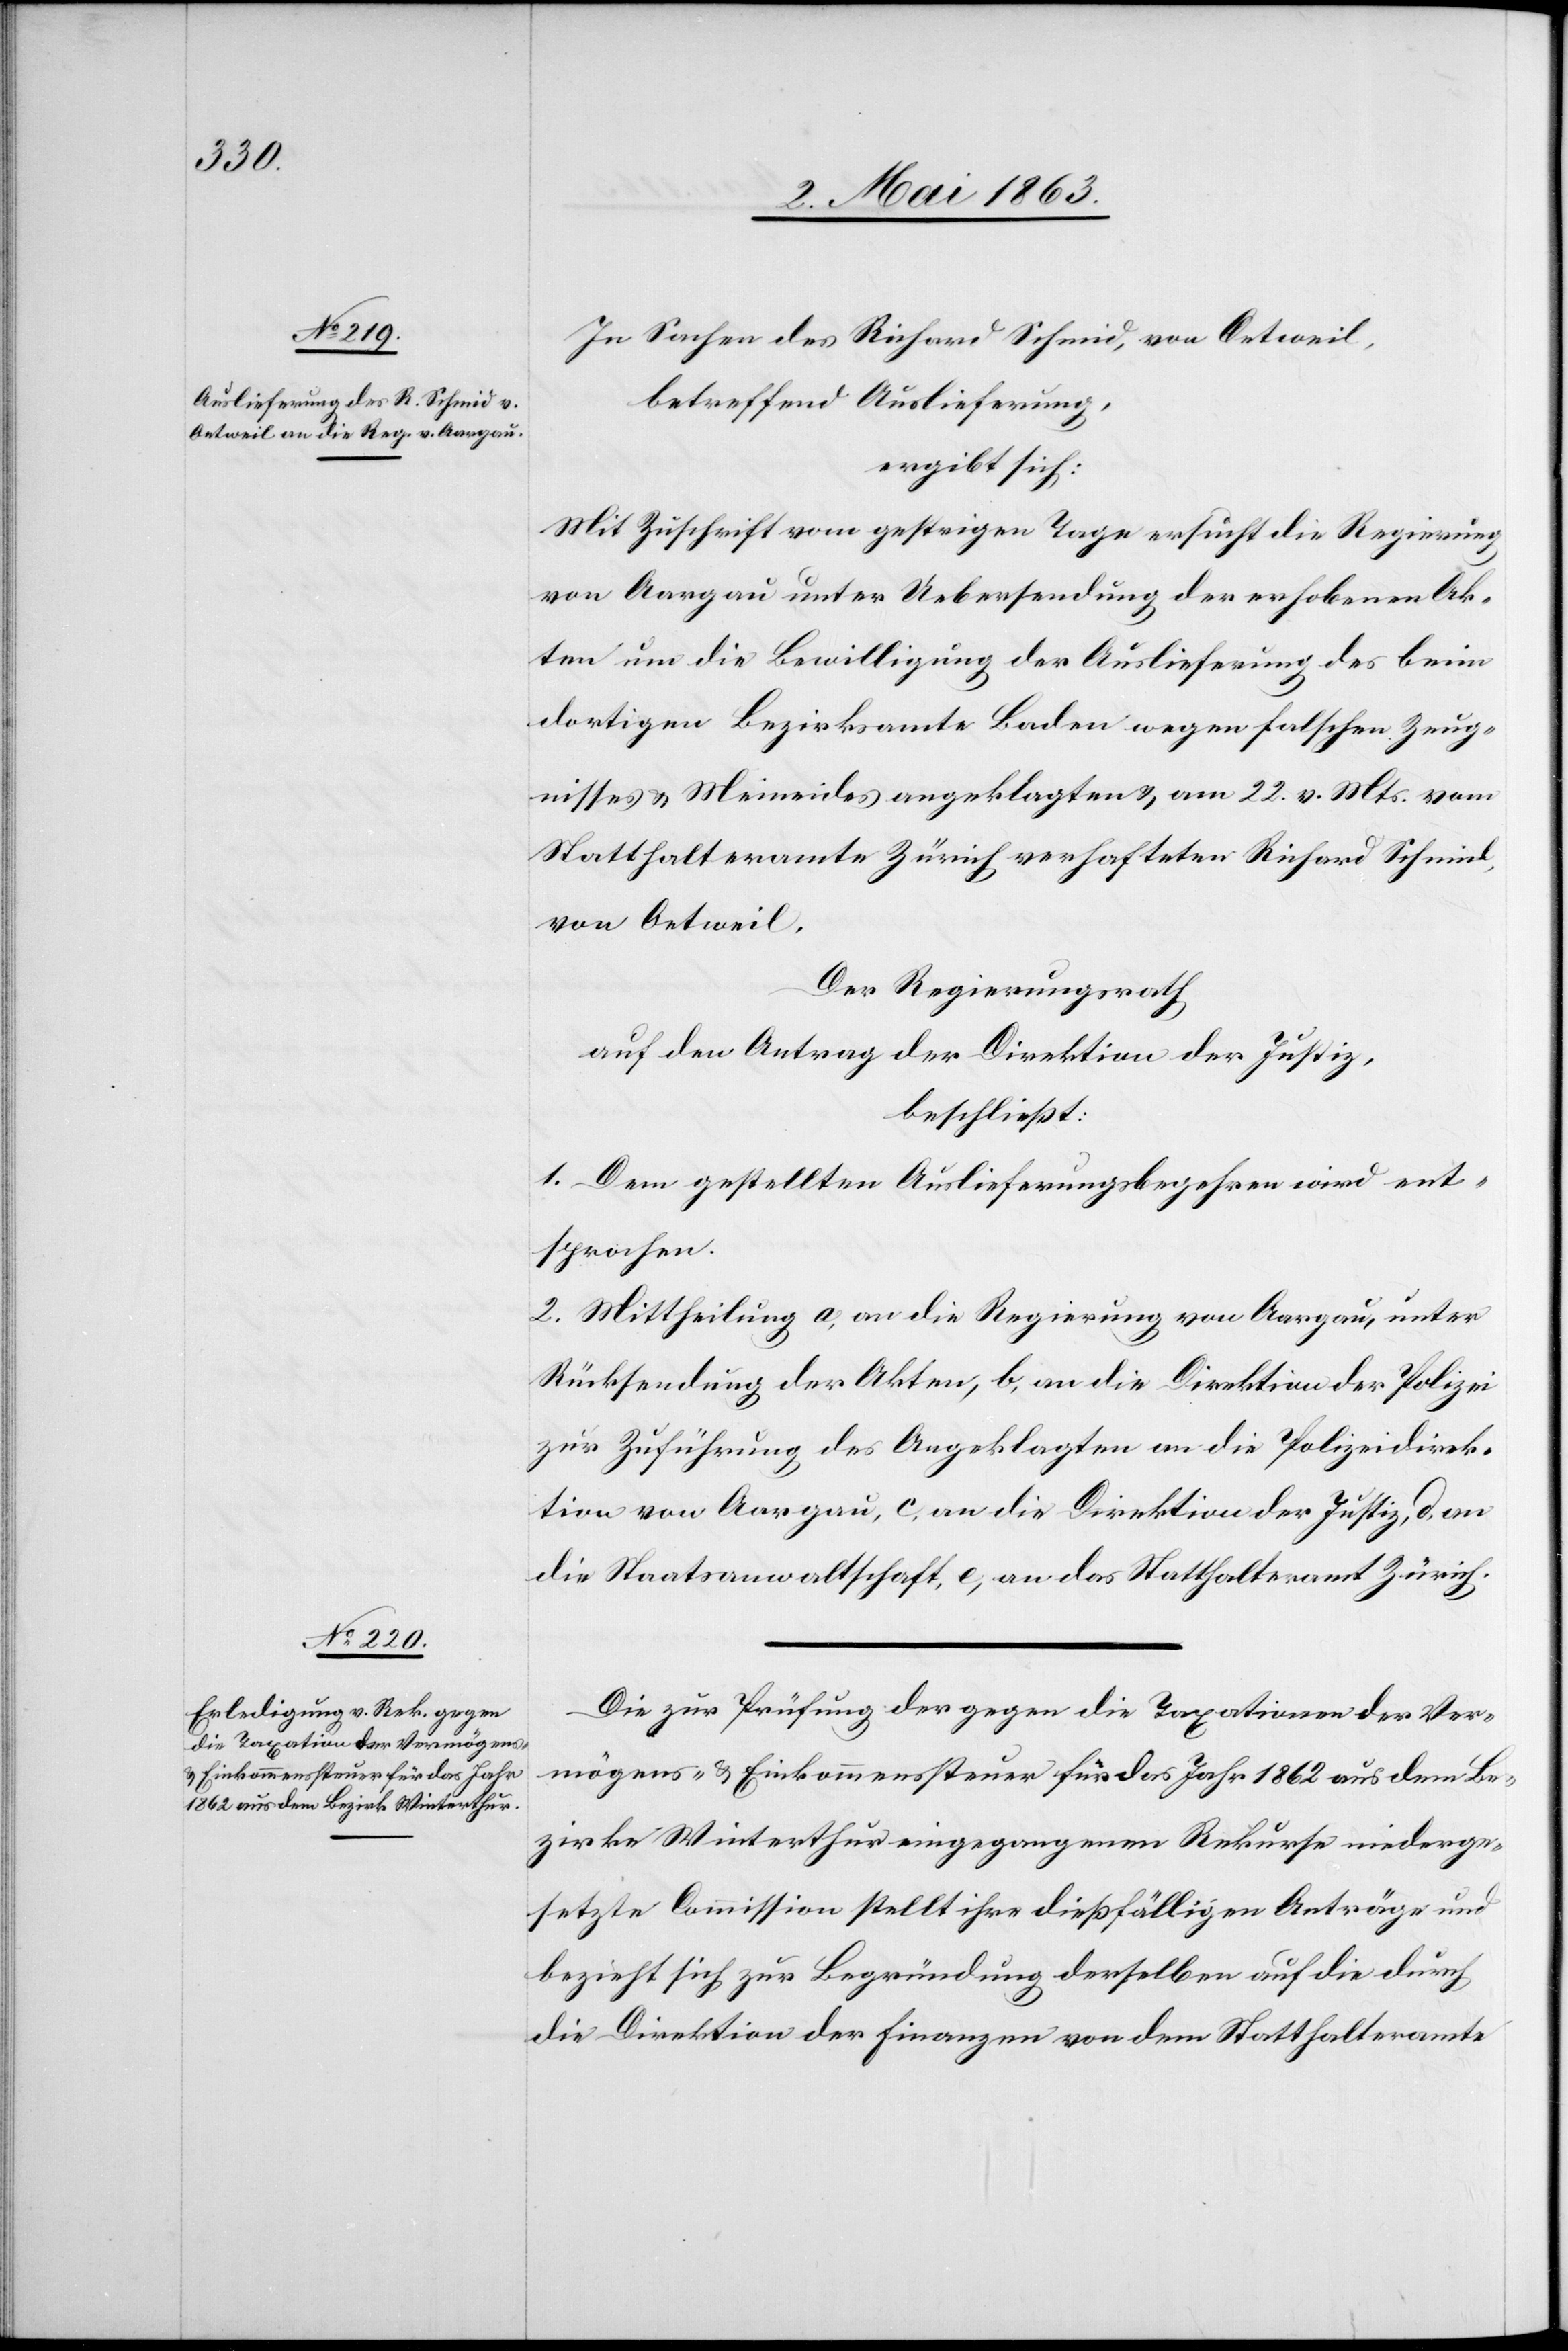
In Sachen des Richard Schmid, von Oetweil,
betreffend Auslieferung,
ergibt sich:
Mit Zuschrift vom gestrigen Tage ersucht die Regierung
von Aargau unter Uebersendung der erhobenen Ak¬
ten um die Bewilligung der Auslieferung des beim
dortigen Bezirksamte Baden wegen falschen Zeug¬
nisses & Meineides angeklagten & am 22. v. Mts. vom
Statthalteramte Zürich verhafteten Richard Schmid,
von Oetweil.
Der Regierungsrath
auf den Antrag der Direktion der Justiz,
beschließt:
1. Dem gestellten Auslieferungsbegehren wird ent¬
sprochen.
2. Mittheilung a) an die Regierung von Aargau, unter
Rücksendung der Akten, b) an die Direktion der Polizei
zur Zuführung des Angeklagten an die Polizeidirek¬
tion von Aargau, c) an die Direktion der Justiz, d) an
die Staatsanwaltschaft, e) an das Statthalteramt Zürich.
Die zur Prüfung der gegen die Taxation der Ver¬
mögens- & Einkommenssteuer für das Jahr 1862 aus dem Be¬
zirke Winterthur eingegangenen Rekurse niederge¬
setzte Commission stellt ihre dießfälligen Anträge und
bezieht sich zur Begründung derselben auf die durch
die Direktion der Finanzen von dem Statthalteramte